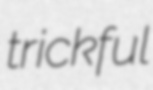
trickful